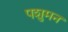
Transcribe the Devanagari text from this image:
पशुमन